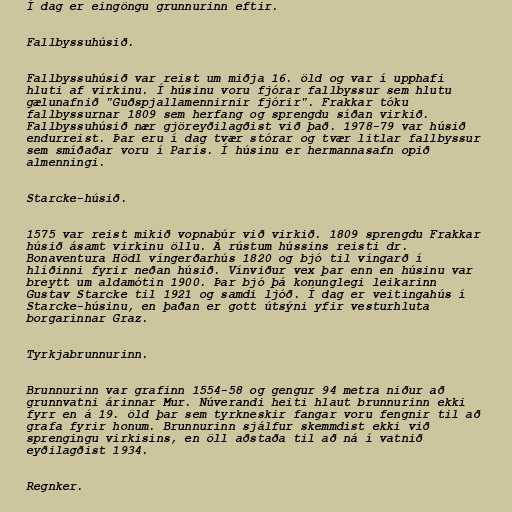
Í dag er eingöngu grunnurinn eftir.

Fallbyssuhúsið.

Fallbyssuhúsið var reist um miðja 16. öld og var í upphafi
hluti af virkinu. Í húsinu voru fjórar fallbyssur sem hlutu
gælunafnið "Guðspjallamennirnir fjórir". Frakkar tóku
fallbyssurnar 1809 sem herfang og sprengdu síðan virkið.
Fallbyssuhúsið nær gjöreyðilagðist við það. 1978-79 var húsið
endurreist. Þar eru í dag tvær stórar og tvær litlar fallbyssur
sem smíðaðar voru í París. Í húsinu er hermannasafn opið
almenningi.

Starcke-húsið.

1575 var reist mikið vopnabúr við virkið. 1809 sprengdu Frakkar
húsið ásamt virkinu öllu. Á rústum hússins reisti dr.
Bonaventura Hödl víngerðarhús 1820 og bjó til víngarð í
hlíðinni fyrir neðan húsið. Vínviður vex þar enn en húsinu var
breytt um aldamótin 1900. Þar bjó þá konunglegi leikarinn
Gustav Starcke til 1921 og samdi ljóð. Í dag er veitingahús í
Starcke-húsinu, en þaðan er gott útsýni yfir vesturhluta
borgarinnar Graz.

Tyrkjabrunnurinn.

Brunnurinn var grafinn 1554-58 og gengur 94 metra niður að
grunnvatni árinnar Mur. Núverandi heiti hlaut brunnurinn ekki
fyrr en á 19. öld þar sem tyrkneskir fangar voru fengnir til að
grafa fyrir honum. Brunnurinn sjálfur skemmdist ekki við
sprengingu virkisins, en öll aðstaða til að ná í vatnið
eyðilagðist 1934.

Regnker.